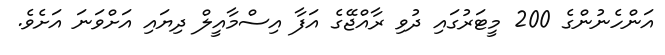
އަންހެނުންގެ 200 މީޓަރުގައި ދުވި ރާއްޖޭގެ އަފާ އިސްމާއީލް ދިޔައި އަށްވަނަ އަށެވެ.